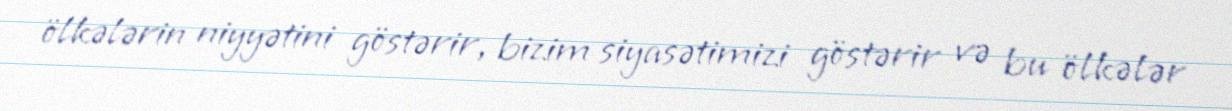
ölkələrin niyyətini göstərir, bizim siyasətimizi göstərir və bu ölkələr